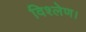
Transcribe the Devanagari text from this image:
विश्लेण।